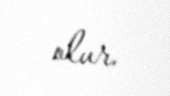
olur.